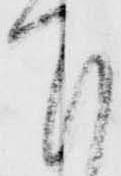
下